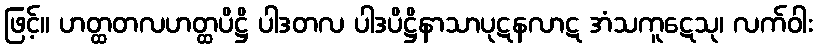
ဖြင့်။ ဟတ္ထတလဟတ္ထပိဋ္ဌိ ပါဒတလ ပါဒပိဋ္ဌိနာသာပုဋနလာဋ အံသကူဋေသု၊ လက်ဝါး